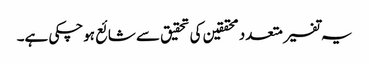
یہ تفسیر متعدد محققین کی تحقیق سے شائع ہوچکی ہے۔